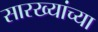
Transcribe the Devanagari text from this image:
सारख्यांच्या